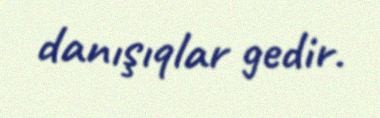
danışıqlar gedir.